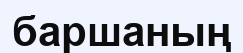
баршаның